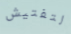
لتفتيش